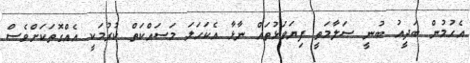
އެހުމުން ބަދީއު ބުނީ ސަލާމަތީ ފިޔަވަޅުތައް ނާޅާ އެކަހަލަ މަސައްކަތް ކުރުމަކީ އެއްގޮތަކަށްވެސް